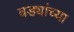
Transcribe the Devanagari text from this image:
वड्यांच्या